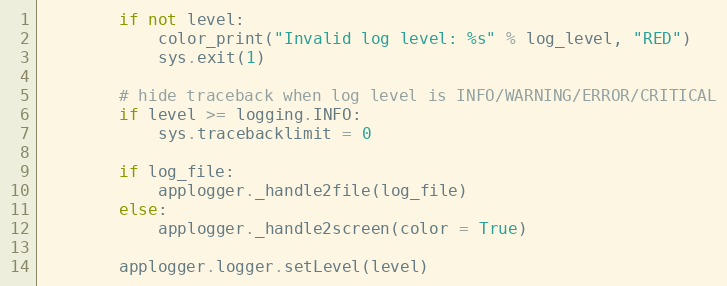
Language: Python
        if not level:
            color_print("Invalid log level: %s" % log_level, "RED")
            sys.exit(1)

        # hide traceback when log level is INFO/WARNING/ERROR/CRITICAL
        if level >= logging.INFO:
            sys.tracebacklimit = 0

        if log_file:
            applogger._handle2file(log_file)
        else:
            applogger._handle2screen(color = True)

        applogger.logger.setLevel(level)